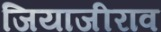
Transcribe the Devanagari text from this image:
जियाजीराव